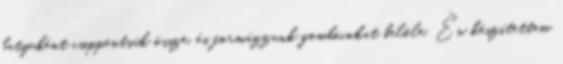
batyuként csippentsük össze, és formázzunk gombócokat belőle. Én készítettem